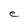
Character: e